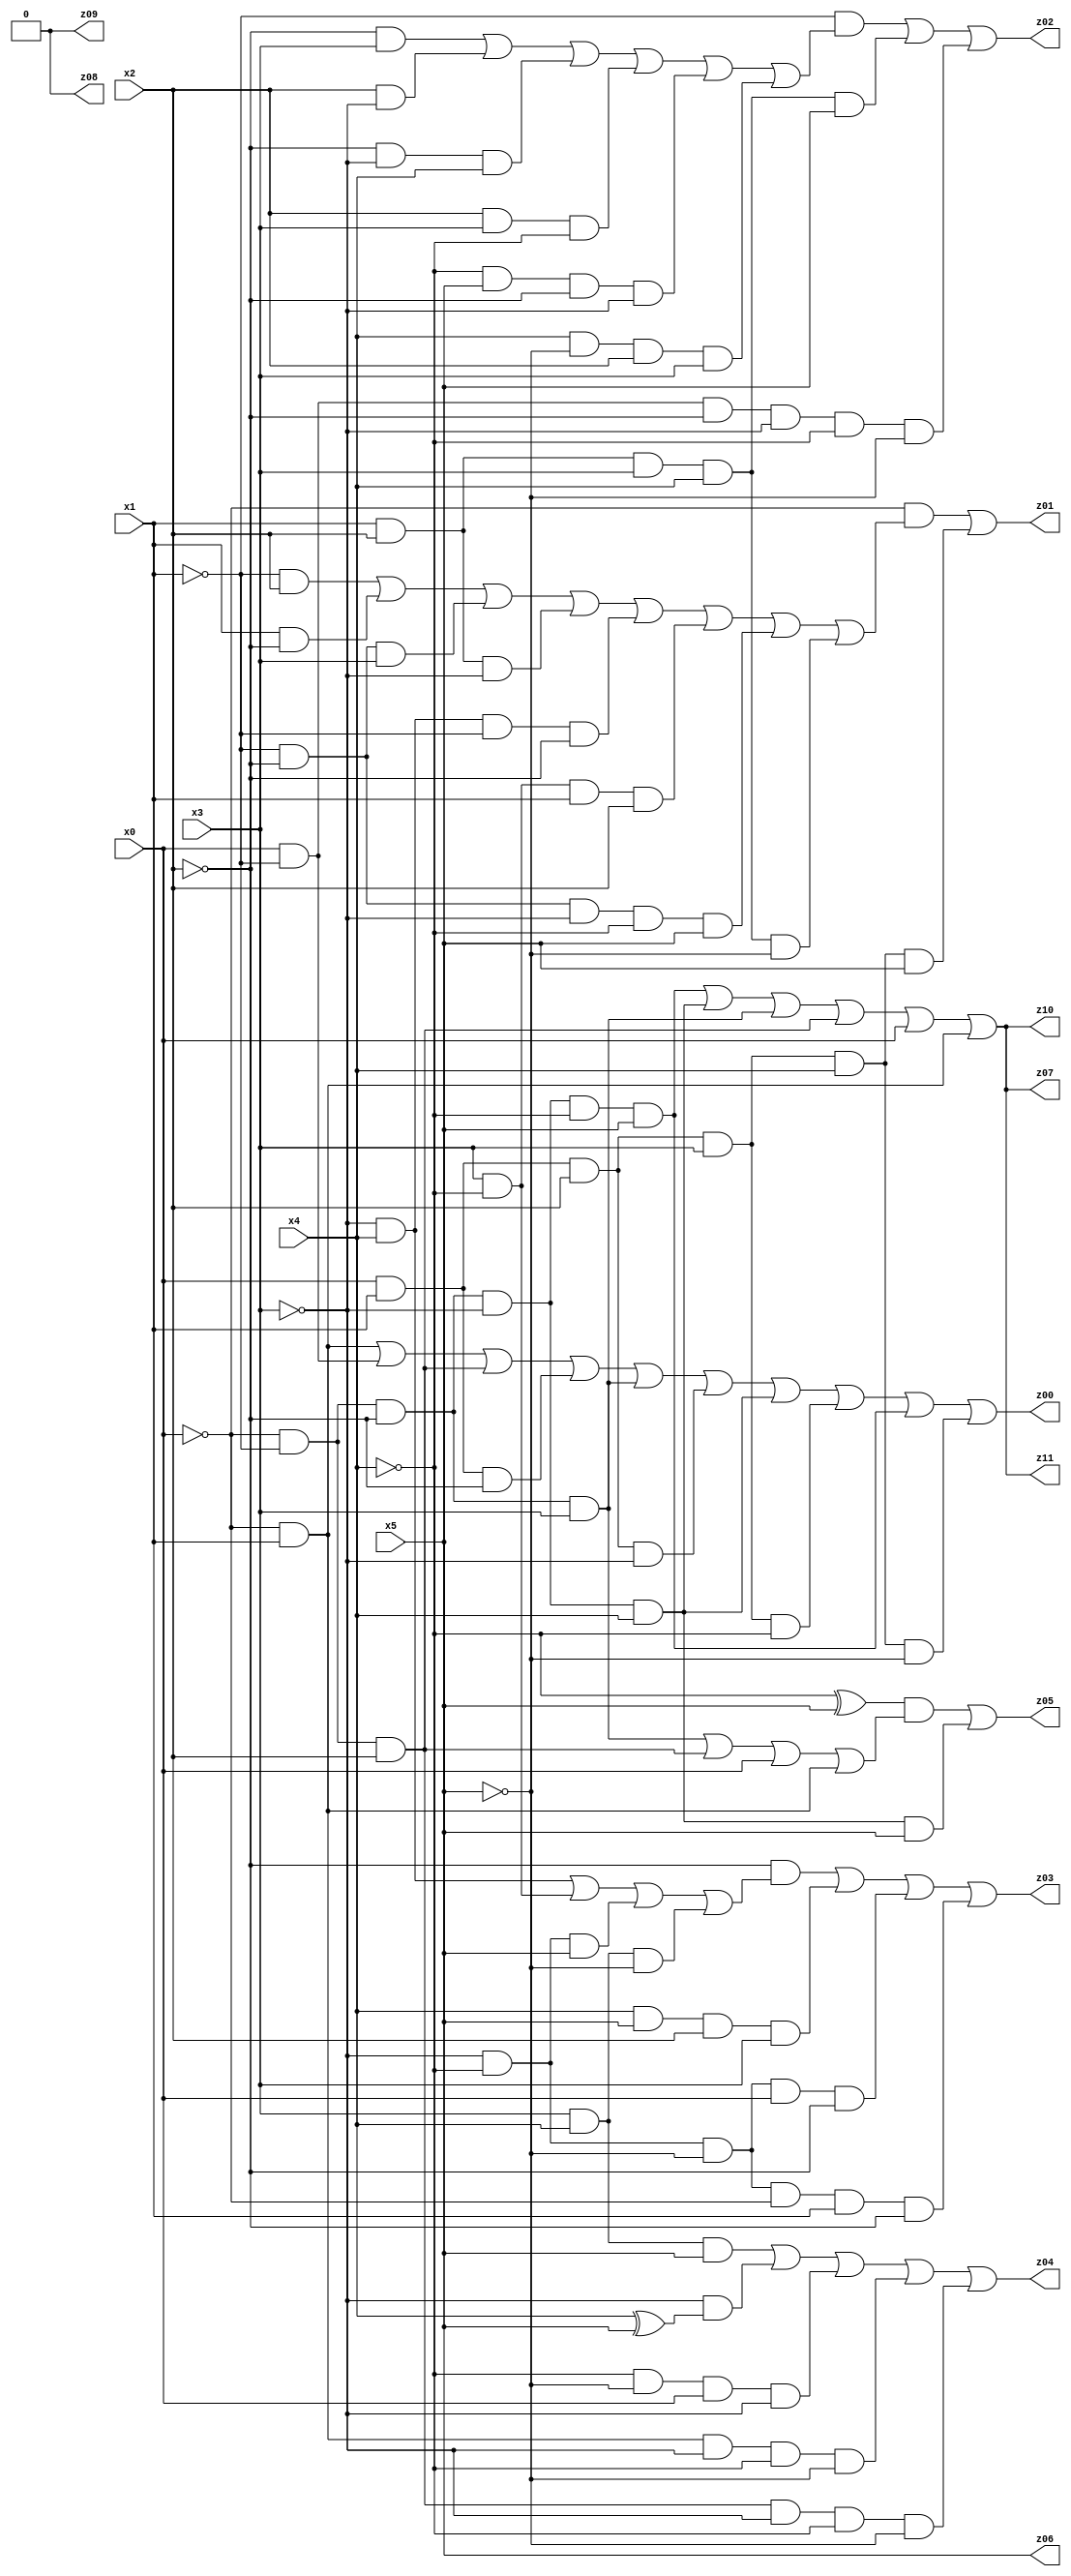
// Benchmark "X_6" written by ABC on Fri May 26 04:01:05 2023

module X_31 ( 
    x0, x1, x2, x3, x4, x5,
    z00, z01, z02, z03, z04, z05, z06, z07, z08, z09, z10, z11  );
  input  x0, x1, x2, x3, x4, x5;
  output z00, z01, z02, z03, z04, z05, z06, z07, z08, z09, z10, z11;
  assign z00 = (~x0 & x1) | (x0 & ~x1) | (~x0 & ~x1 & x2) | (x0 & x1 & ~x2) | (~x0 & ~x1 & ~x2 & x3) | (x0 & x1 & x2 & ~x3) | (~x0 & ~x1 & ~x2 & ~x3 & x4) | (x0 & x1 & x2 & x3 & ~x4) | (~x0 & ~x1 & ~x2 & ~x3 & ~x4 & x5) | (x0 & x1 & x2 & x3 & x4 & ~x5);
  assign z01 = (~x0 & ((~x1 & x2) | (x1 & ~x2) | (~x1 & ~x2 & x3) | (x1 & x2 & ~x3) | (~x3 & x4 & ~x1 & ~x2) | (x3 & ~x4 & x1 & x2) | (~x1 & ~x2 & ~x3 & ~x4 & x5) | (x1 & x2 & x3 & x4 & ~x5))) | (x0 & x1 & x2 & x3 & x4 & x5);
  assign z02 = (~x1 & ((~x2 & x3) | (x2 & ~x3) | (~x2 & ~x3 & x4) | (x2 & x3 & ~x4) | (~x4 & x5 & ~x2 & ~x3) | (x4 & ~x5 & x2 & x3))) | (x1 & x2 & x3 & x4 & x5) | (x0 & ~x1 & ~x2 & ~x3 & ~x4 & ~x5);
  assign z03 = (~x2 & ((~x3 & x4) | (x3 & ~x4) | (~x3 & ~x4 & x5) | (x3 & x4 & ~x5))) | (x4 & x5 & x2 & x3) | (~x3 & ~x4 & ~x5 & x0 & ~x2) | (~x3 & ~x4 & ~x5 & ~x0 & x1 & ~x2);
  assign z04 = (x3 & x4 & x5) | (~x3 & (x4 ^ x5)) | (~x4 & ~x5 & x0 & ~x3) | (~x0 & x1 & ~x3 & ~x4 & ~x5) | (~x0 & ~x1 & x2 & ~x3 & ~x4 & ~x5);
  assign z05 = ((~x4 ^ x5) & ((~x0 & ~x1 & ~x2 & x3) | (~x0 & ~x1 & x2) | x0 | (~x0 & x1))) | (~x0 & ~x1 & ~x2 & ~x3 & x4 & x5);
  assign z06 = x5;
  assign z07 = (~x0 & ~x1 & ~x2 & ~x3 & ~x4 & x5) | (~x0 & ~x1 & ~x2 & ~x3 & x4) | (~x0 & ~x1 & ~x2 & x3) | (~x0 & ~x1 & x2) | x0 | (~x0 & x1);
  assign z08 = 1'b0;
  assign z09 = 1'b0;
  assign z10 = (~x0 & ~x1 & ~x2 & ~x3 & ~x4 & x5) | (~x0 & ~x1 & ~x2 & ~x3 & x4) | (~x0 & ~x1 & ~x2 & x3) | (~x0 & ~x1 & x2) | x0 | (~x0 & x1);
  assign z11 = (~x0 & ~x1 & ~x2 & ~x3 & ~x4 & x5) | (~x0 & ~x1 & ~x2 & ~x3 & x4) | (~x0 & ~x1 & ~x2 & x3) | (~x0 & ~x1 & x2) | x0 | (~x0 & x1);
endmodule